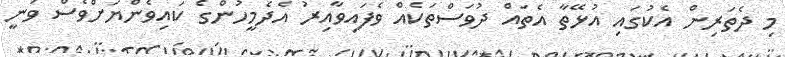
މި ދެތަރިން އެކުގައި އުޅޭތާ އެތައް ދުވަސްތަކެއް ވެފައިވާއިރު އެދެމީހުންގެ ކައިވެންޔަށްވެސް ވަނީ